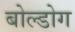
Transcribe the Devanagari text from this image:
बोल्डोग